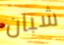
شبان